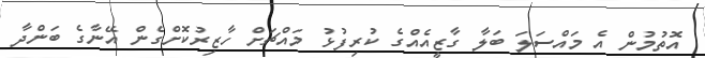
އޮތުމުން އެ މައްސަލަ ބަލާ ގާޒީއެއްގެ ކުރިފުޅު މައްޗަށް ހާޒިރުކޮށްގެން އޭނާގެ ބަންދާ